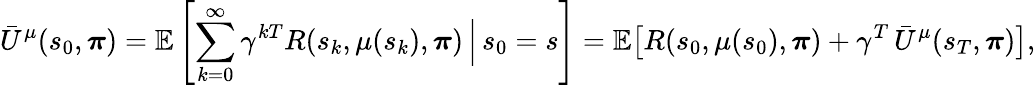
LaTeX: \bar{U}^{\mu}(s_{0},\boldsymbol{\pi})=\mathbb{E}\left[\sum_{k=0}^{\infty}\gamma^{kT}R(s_{k},\mu(s_{k}),\boldsymbol{\pi})\, \Bigr|\, s_{0}=s\right]=\mathbb{E}\bigl[R(s_{0},\mu(s_{0}),\boldsymbol{\pi})+\gamma^{T}\, \bar{U}^{\mu}(s_{T},\boldsymbol{\pi})\bigr],